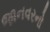
જાનવરનો